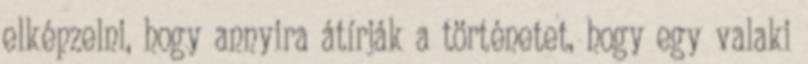
elképzelni, hogy annyira átírják a történetet, hogy egy valaki